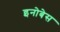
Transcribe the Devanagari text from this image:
इनोबेस